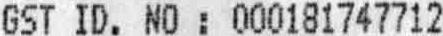
GST ID. NO : 000181747712